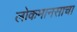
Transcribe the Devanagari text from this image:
लोकमानसाचा